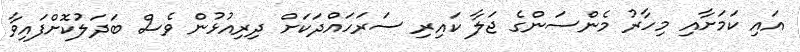
އައި ކަމަށާއި މިހާރު މެންސަންގެ ޖަލާ ކައިރި ސަރަހައްދަކަށް ދިރިއުޅުން ވެސް ބަދަލުކޮށްފައިވާ